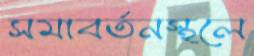
সমাবর্তনস্থলে